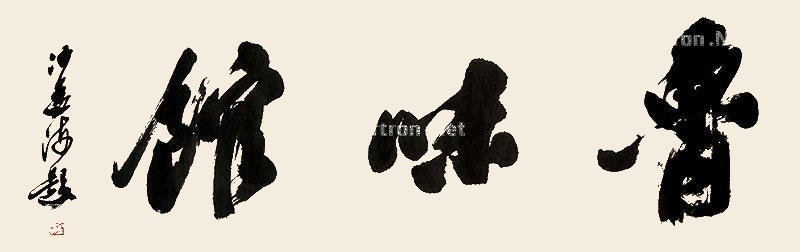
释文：鲁味馆沙孟海题